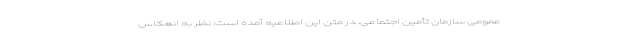
عمومی سازمان تأمین اجتماعی، در متن این اطلاعیه آمده است: نظر به انعکاس